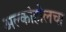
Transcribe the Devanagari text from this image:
अल्कोहोलचा